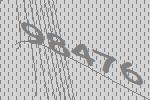
98476